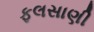
ફલસાણી